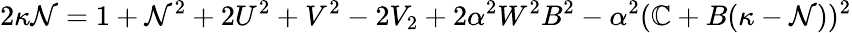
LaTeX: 2\kappa\mathcal{N}=1+\mathcal{N}^{2}+2U^{2}+V^{2}-2V_{2}+2\alpha^{2}W^{2}B^{2}-\alpha^{2}(\mathbb{C}+B(\kappa-\mathcal{N}))^{2}